65_HS1-834228961_62-HQ-83894_Section_8
Agency: FBI
Page 34
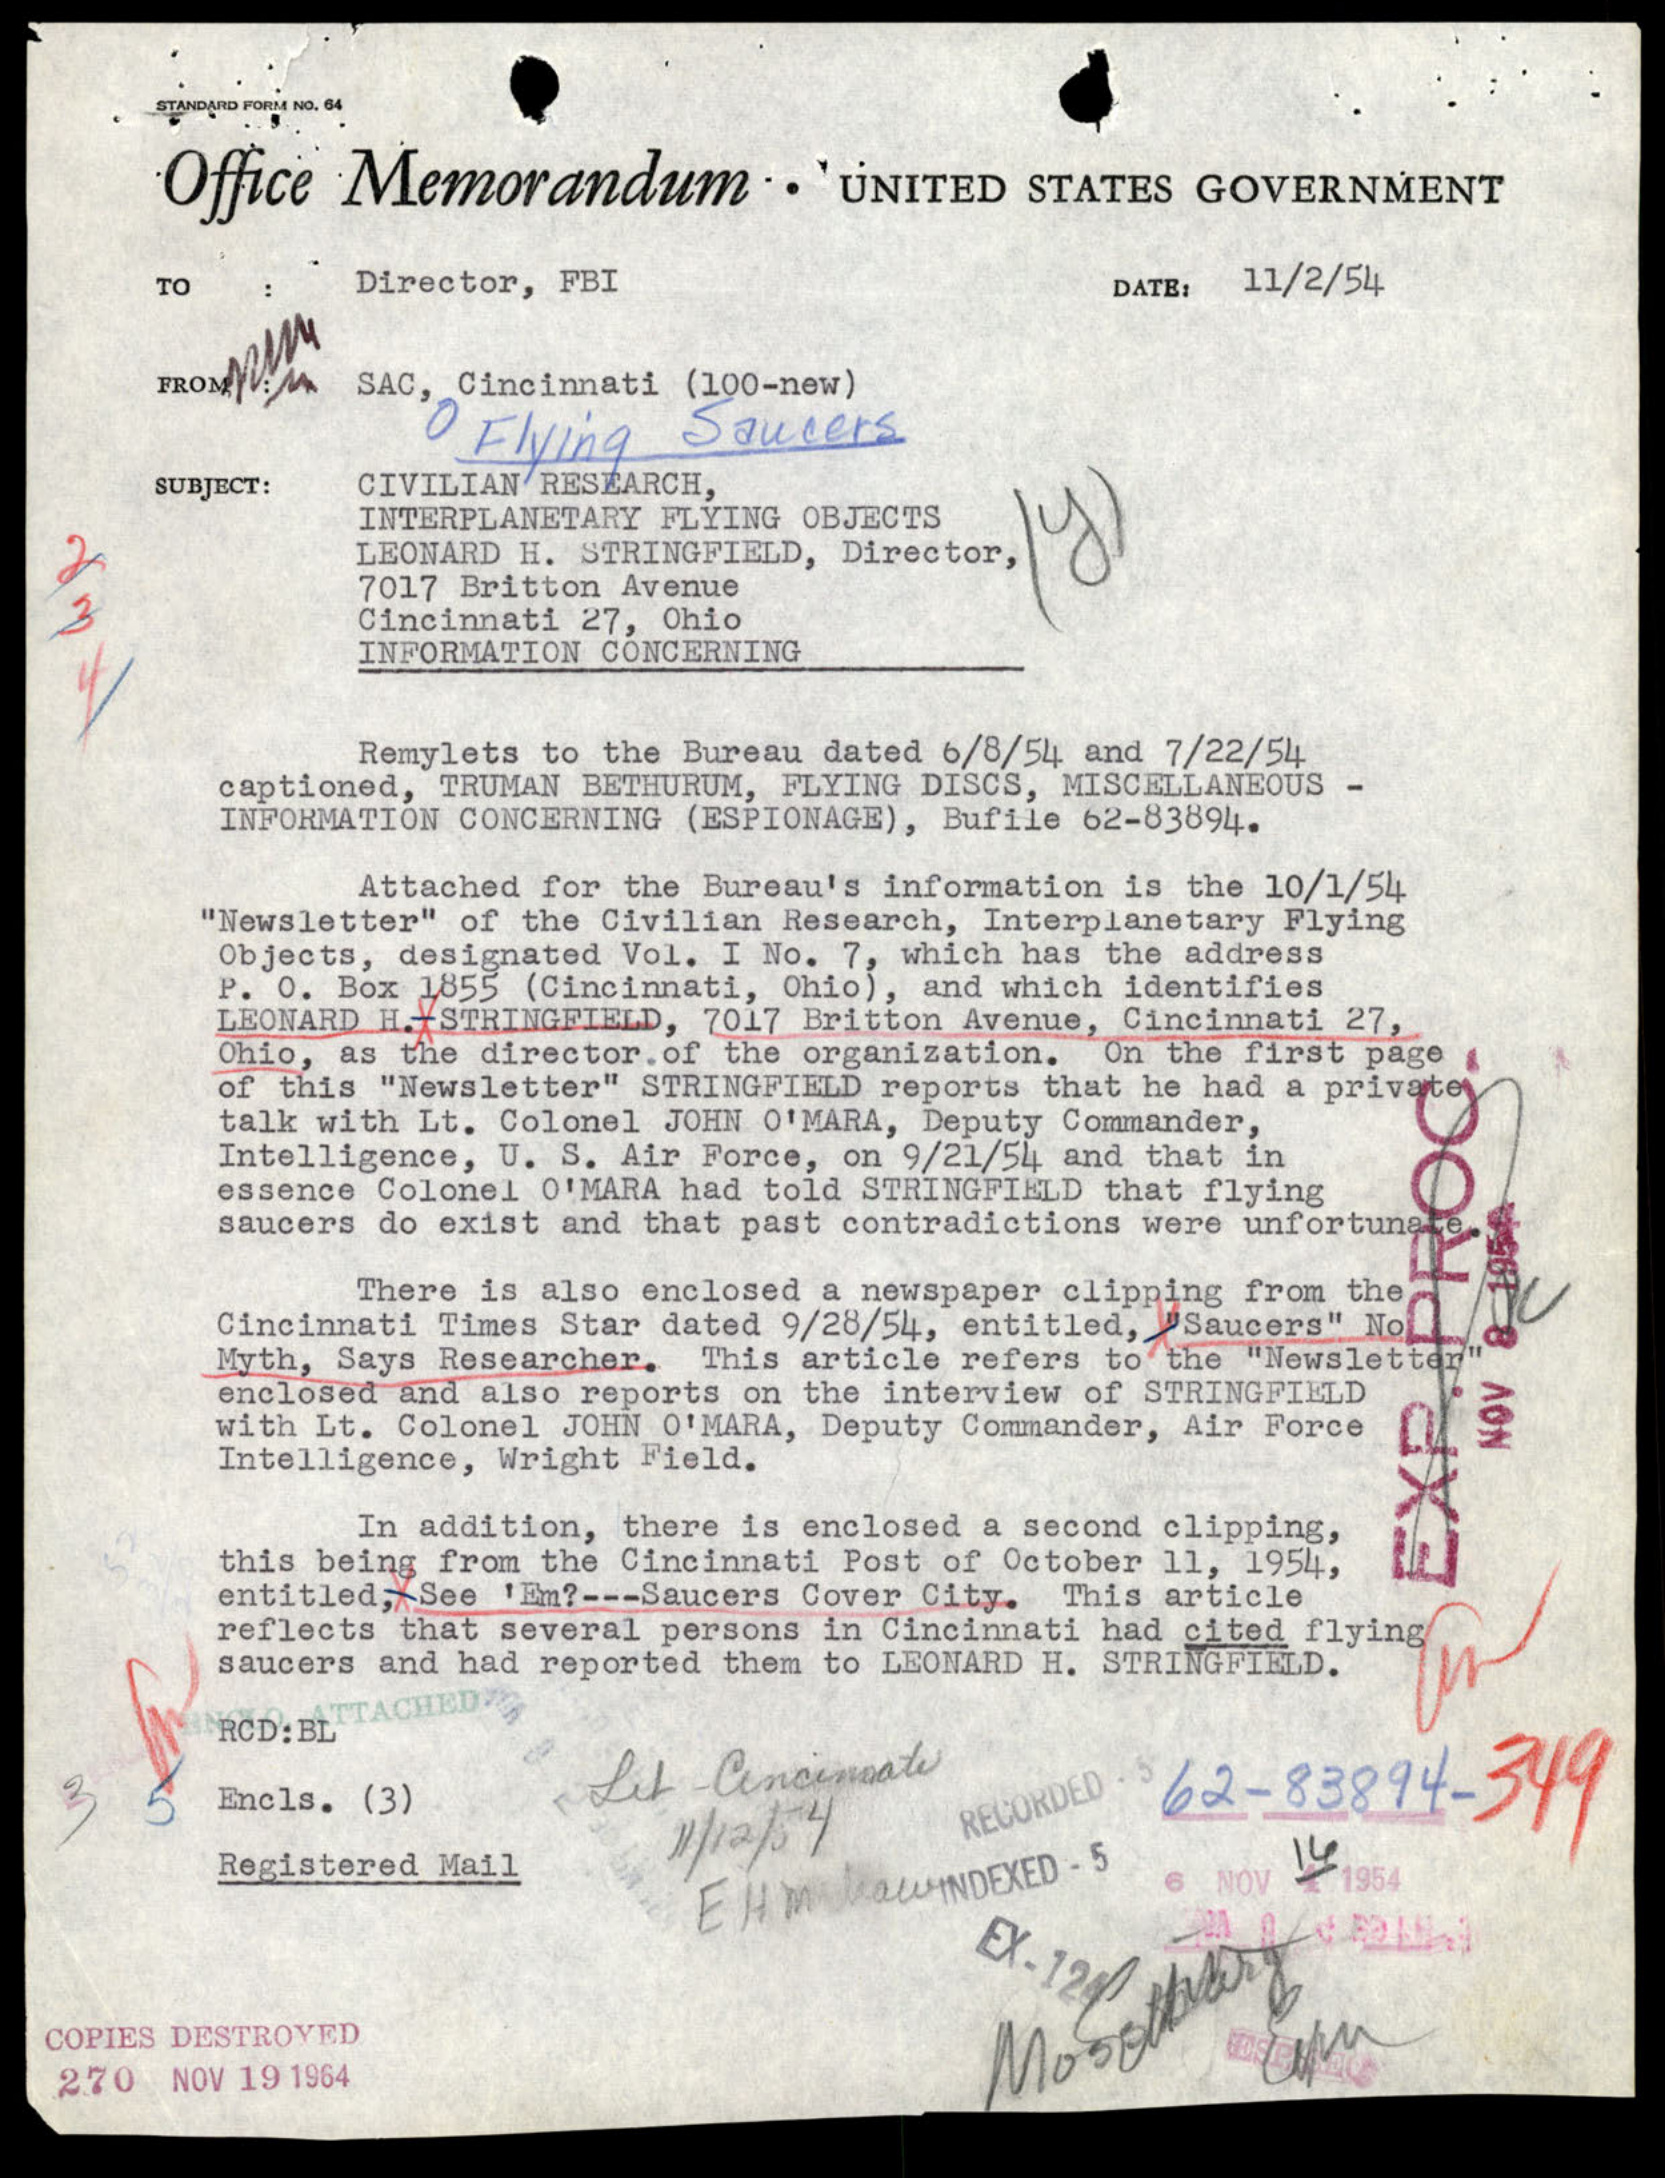